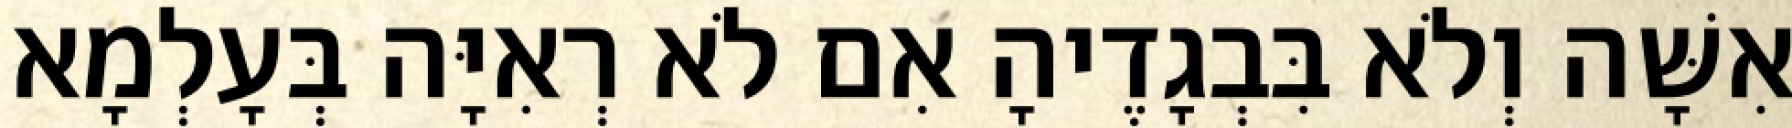
אִשָּׁה וְלֹא בִּבְגָדֶיהָ אִם לֹא רְאִיָּה בְּעָלְמָא